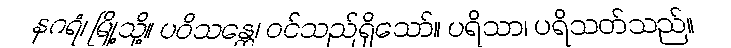
နဂရံ၊ မြို့သို့။ ပဝိသန္တေ၊ ဝင်သည်ရှိသော်။ ပရိသာ၊ ပရိသတ်သည်။